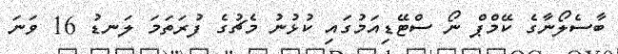
ބާސެލޯނާގެ ކޭމްޕް ނޯ ސްޓޭޑިއަމުގައި ކުޅުނު މެޗުގެ ފުރަތަމަ ލަނޑު 16 ވަނަ